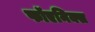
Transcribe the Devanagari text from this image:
फॉएनिक्स